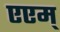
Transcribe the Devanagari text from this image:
एएम्